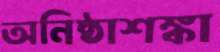
অনিষ্ঠাশঙ্কা